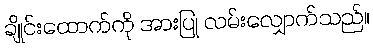
ချိုင်းထောက်ကို အားပြု လမ်းလျှောက်သည်။